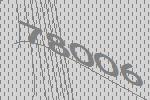
78006